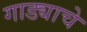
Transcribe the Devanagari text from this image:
गाड्याचे